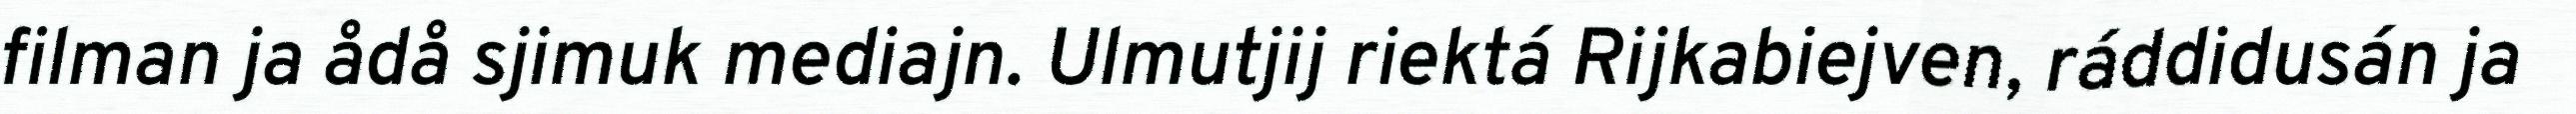
filman ja ådå sjimuk mediajn. Ulmutjij riektá Rijkabiejven, ráddidusán ja